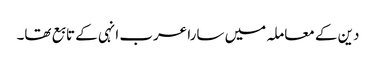
دین کے معاملہ میں سارا عرب انہی کے تابع تھا۔